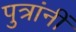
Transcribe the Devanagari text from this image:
पुत्रांनीं